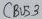
Text: CBUS3